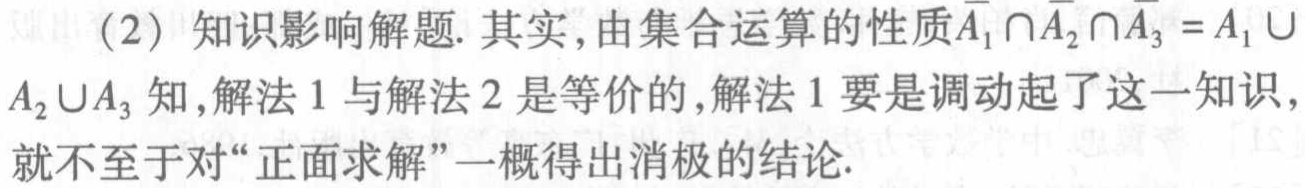
（2）知识影响解题. 其实,由集合运算的性质\(\overline{A_1}\cap\overline{A_2}\cap\overline{A_3} =\overline{A_1 \cup A_2\cup A_3}\)知,解法 1 与解法 2 是等价的,解法 1 要是调动起了这一知识,就不至于对“正面求解”一概得出消极的结论.